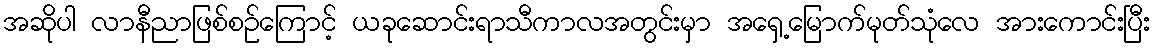
အဆိုပါ လာနီညာဖြစ်စဉ်ကြောင့် ယခုဆောင်းရာသီကာလအတွင်းမှာ အရှေ့မြောက်မုတ်သုံလေ အားကောင်းပြီး